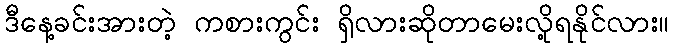
ဒီနေ့ခင်းအားတဲ့ ကစားကွင်း ရှိလားဆိုတာမေးလို့ရနိုင်လား။